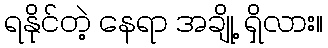
ရနိုင်တဲ့ နေရာ အချို့ ရှိလား။